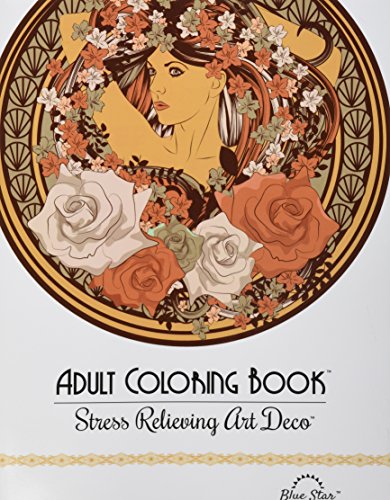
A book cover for Adult Coloring Book: Stress Relieving Art Deco; Blue Star Coloring; Comics & Graphic Novels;